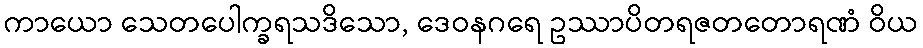
ကာယော သေတပေါက္ခရသဒိသော, ဒေဝနဂရေ ဥဿာပိတရဇတတောရဏံ ဝိယ